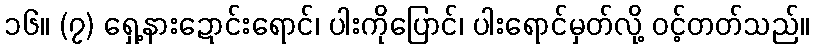
၁၆။ (၇) ရှေ့နားဍောင်းရောင်၊ ပါးကိုပြောင်၊ ပါးရောင်မှတ်လို့ ဝင့်တတ်သည်။